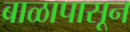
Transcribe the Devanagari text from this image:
बाळापासून